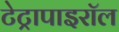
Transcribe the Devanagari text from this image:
टेट्रापाइरॉल